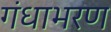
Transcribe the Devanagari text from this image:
गंधाभरण